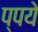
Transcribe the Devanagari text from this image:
प्पये